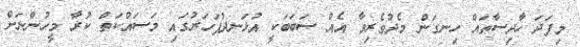
މިފަދަ ހާދިސާތައް ހިނގަން މެދުވެރިވާ އެއް ސަބަބަކީ އުޅަނދުފަހަރުގައި މަސައްކަތް ކުރާ މީހުންނަށް